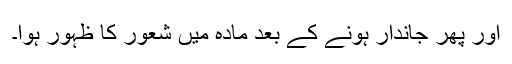
اور پھر جاندار ہونے کے بعد مادہ میں شعور کا ظہور ہوا۔